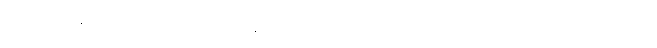
ဆေးဘက်ဆိုင်ရာပညာရှင်များက ထွန်းကားမည် ထောင်ဂဏန်း ဘုရင်မင်းမြတ်တို့၏ နာမ်တရား၌